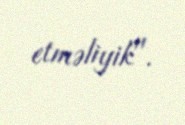
etməliyik".